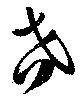
吝